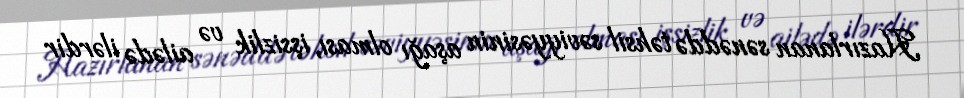
Hazırlanan sənəddə təhsil səviyyəsinin aşağı olması, işsizlik və ailədə ilərdir